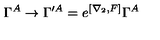
\Gamma ^ { A } \to \Gamma ^ { \prime A } = e ^ { [ \nabla _ { 2 } , F ] } \Gamma ^ { A }